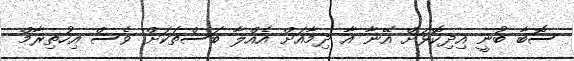
ސޮބާ ބުނީ އިދިކޮޅަށް އޭނާ އާ ދިމާއަށް އެއްލާ ބަސްތަކަށް ވެސް އިހުތިރާމް